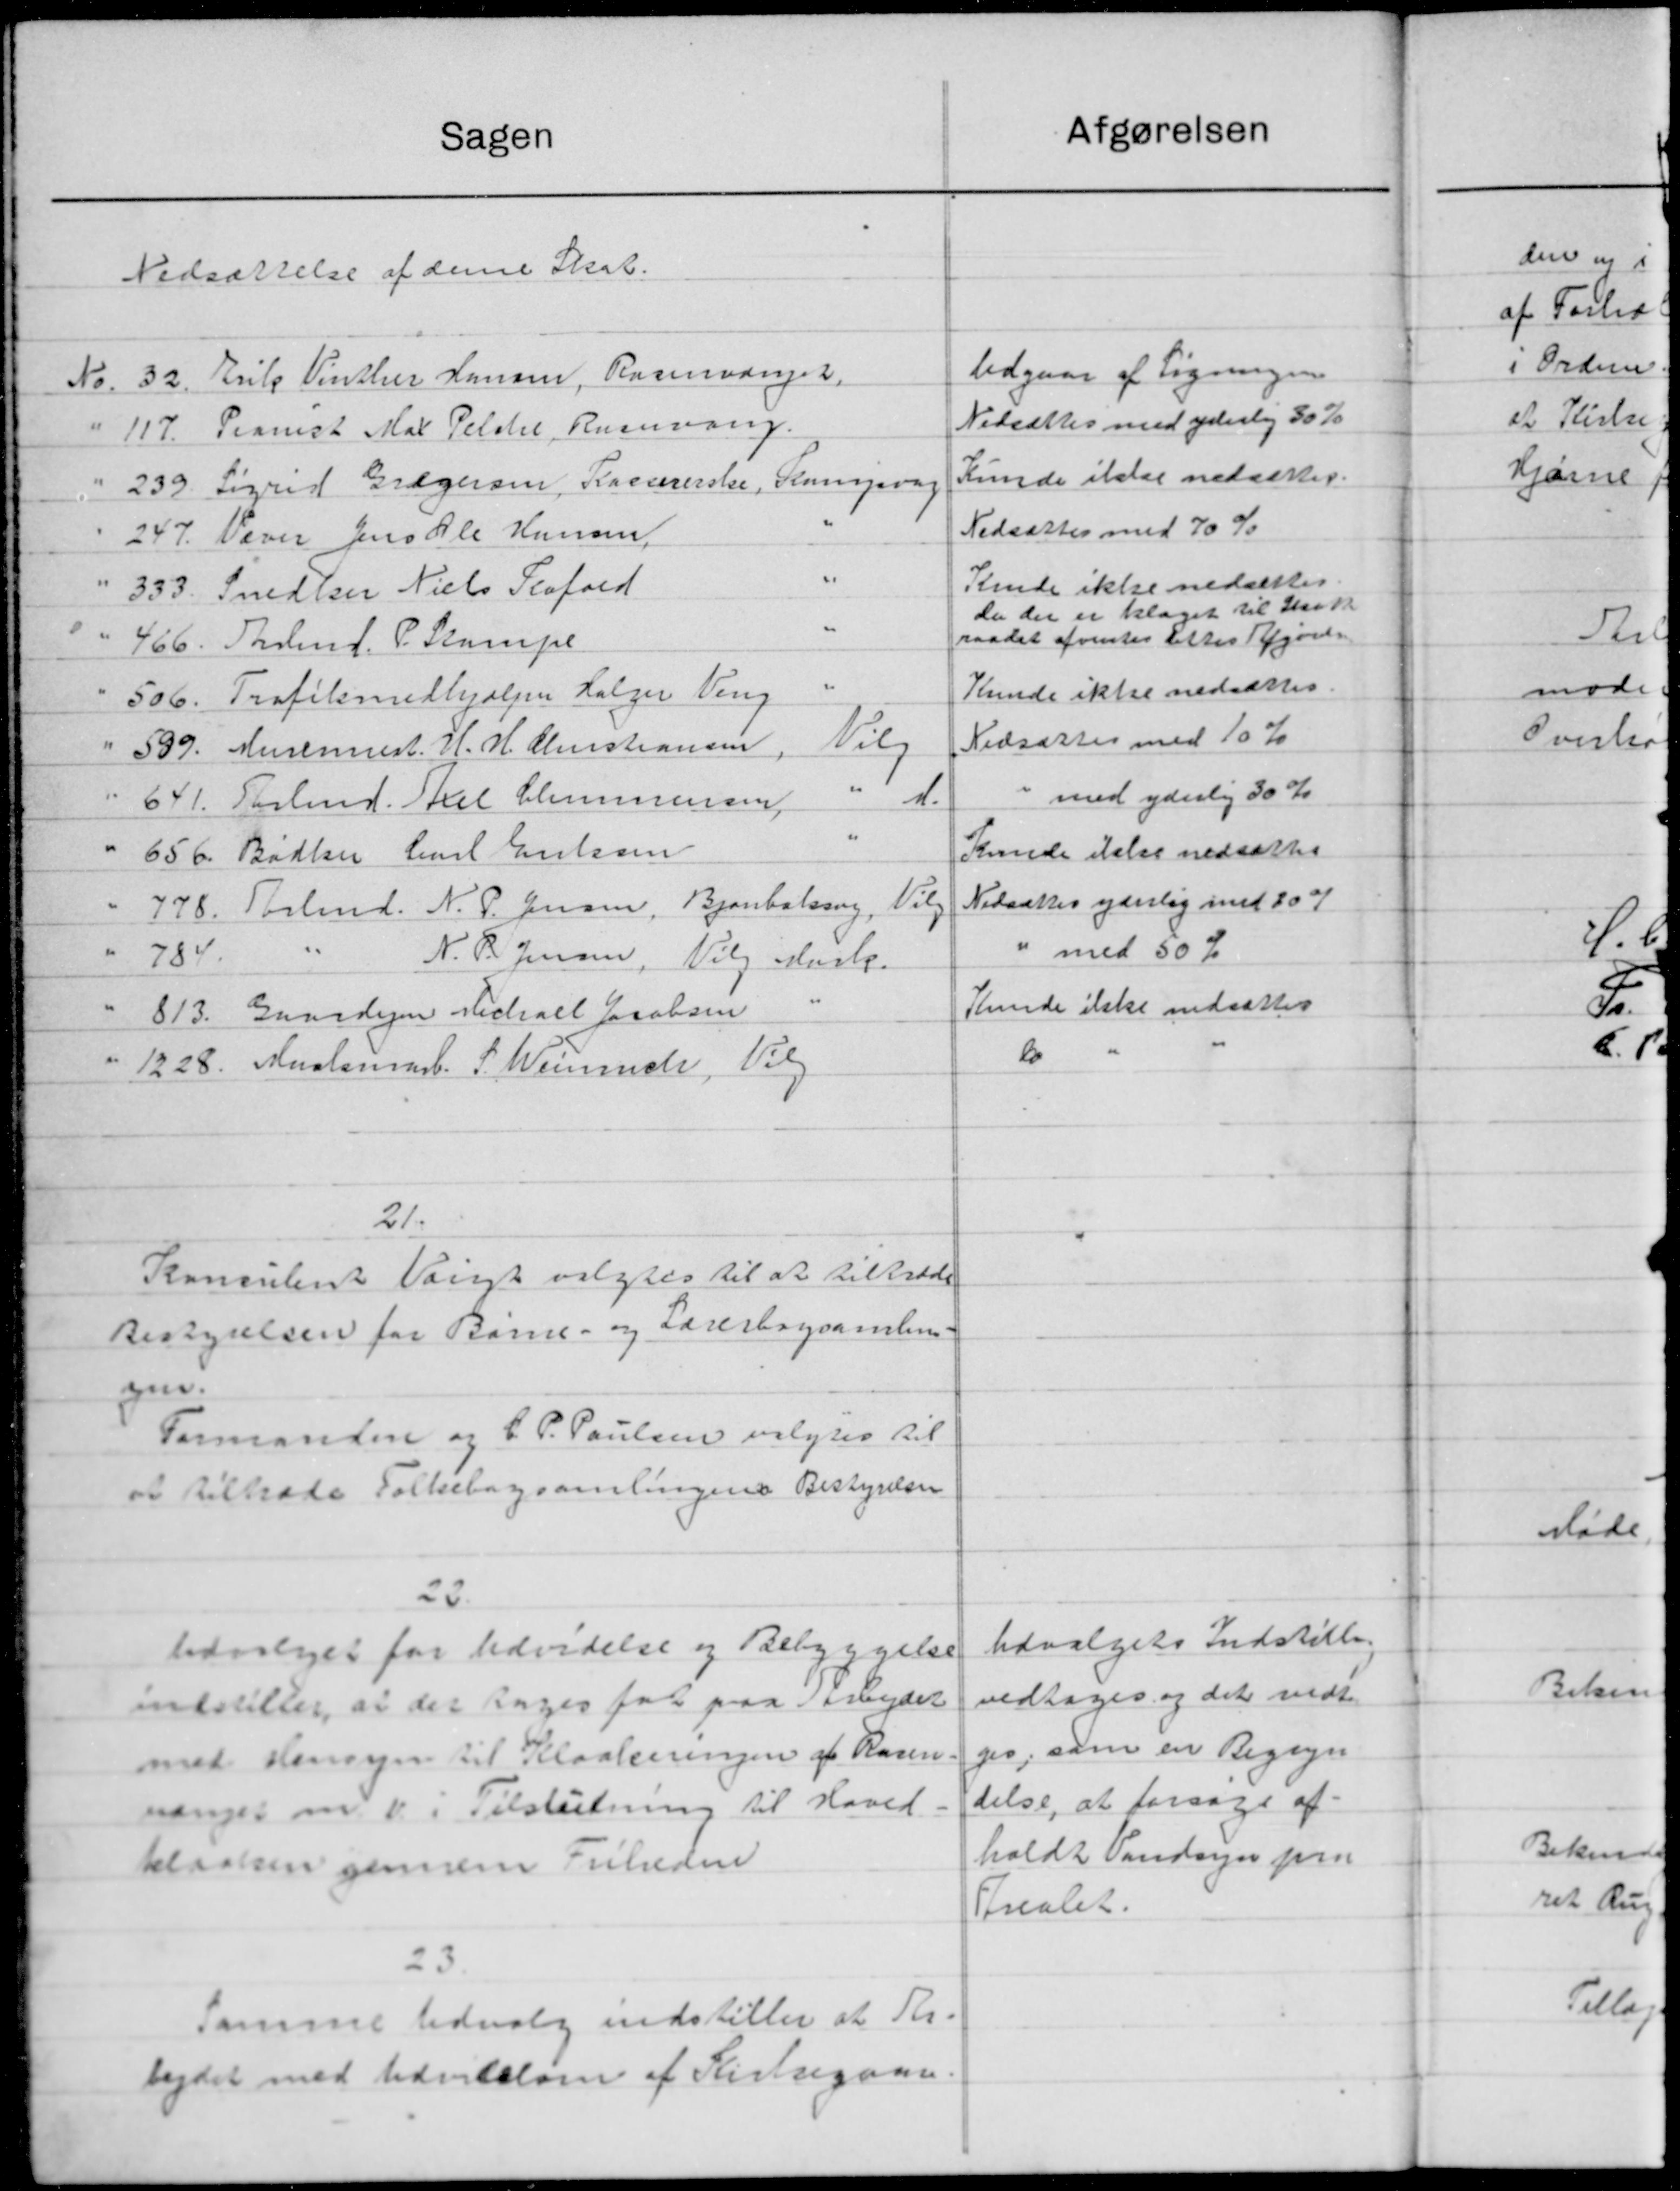
Transskription:
Sagen
Nedsættelse af denne Skat.
No. 32. Erik Vinther Hansen, Rasmvænger.
" 117. Pianist Mal Petitel, Rusvang.
" 239. Sigrid Grægersen, Kassererske, Kampvag
247. Væver Jens Ole Hansen,
"
" 333. Snedker Niels Perford
466. Skolen f. P. Stampe
506. Trofilmedhjælper Holger Veng
ties
" 589. Murermest. H. H. Christiansen,
" d.
641. Torbmd. Axel Clemmensen
3
"
656 Bødker Carl Eriksen
" 778. Torbmd. N. P. Jensen, Bjorbalsing, Vilg
"
784
N. P. Jensen, Vilg Husle
813. Gaardejer Richall Jacobsen
" 1228. Mustamml. S. Winch, Vil
21.
Konsulent Valgt valgtes til at tiltræde
Bestyrelsen for Barne- og Lærerbogsamlin-
gen.
Formanden og C. P. Poulsen valgtes til
at tiltræde Folkebogsamlingene Bestyrelsen
22.
Udvalget for Udvidelse og Bebyggelse
indstiller, at der tages for paa Arbejdet
med Hensyn til Kloaleringen af Kasen
vænger m. v. Tilslutning til Hoved.
kloaken gennem Friheden
23
samme Udvalg indstiller at Kr.
bejdet med Udvidelsen af Kirkegaar.